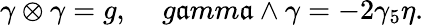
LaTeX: \gamma\otimes\gamma=g,\ \ \ \ \, g\mathfrak{a}mm\mathfrak{a}\wedge\gamma=-2\gamma_{5}\eta.